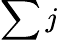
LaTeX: \sum j